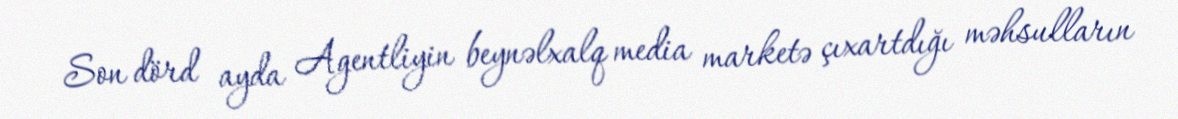
Son dörd ayda Agentliyin beynəlxalq media marketə çıxartdığı məhsulların